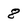
Character: 8